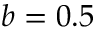
b = 0 . 5